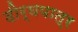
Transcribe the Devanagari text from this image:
दीर्घपात्र